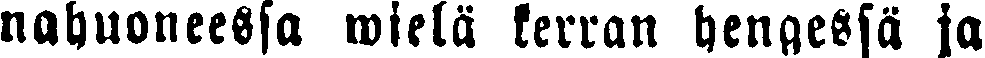
nahuoneessa wielä kerran hengessä ja